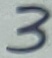
Text: 3